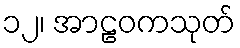
၁၂၊ အာဠဝကသုတ်